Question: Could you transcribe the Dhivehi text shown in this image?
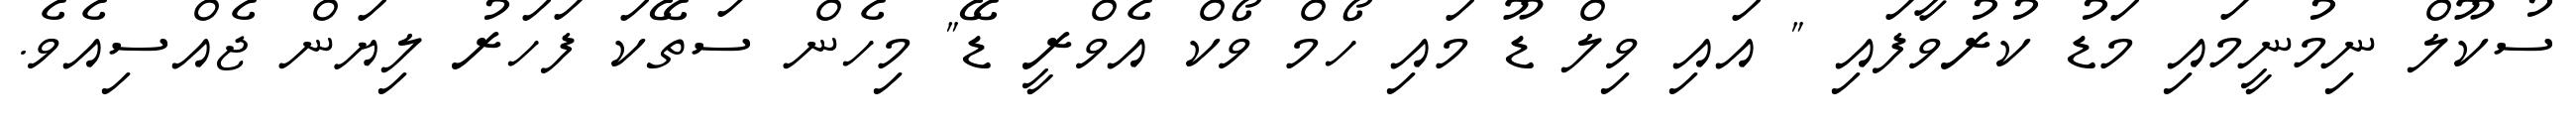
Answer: ސުކޫލް ނިމުނީމައި މަޑު ކުރުވާފައި " އައި ވިލް ޑޫ މައި ހޯމް ވޯކް އެވްރީ ޑޭ" މިހެން ސަތޭކަ ފަހަރު ލިޔަން ޖެއްސިއެވެ.